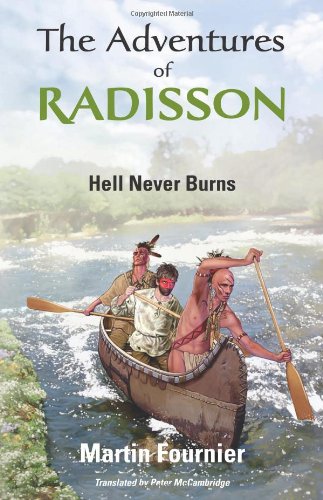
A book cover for The Adventures of Radisson: Hell Never Burns; Martin Fournier; Teen & Young Adult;